Report on the working of the mental hospitals for Indians in Bihar and Orissa - 1925-1929
Year: 1925
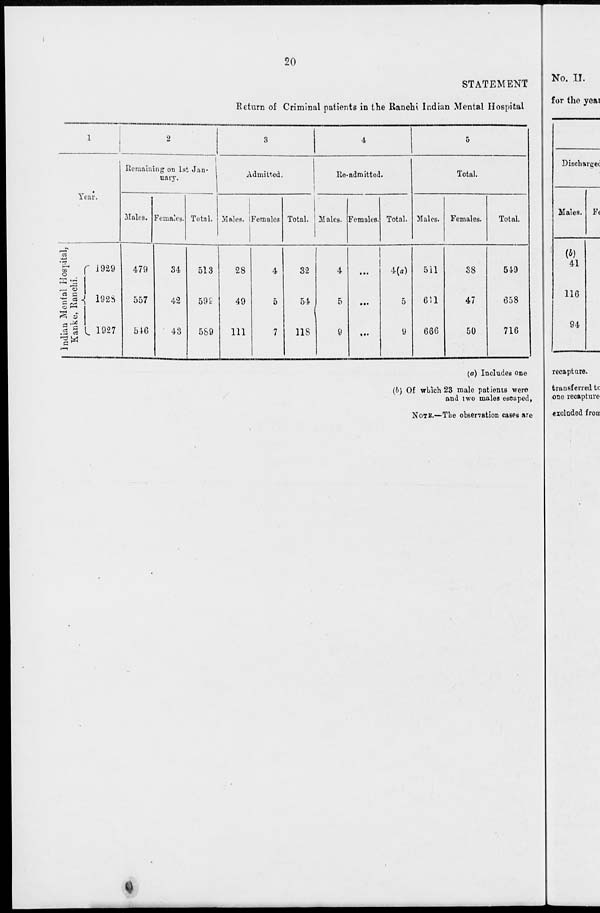
20
STATEMENT
Return of Criminal patients in the Ranchi Indian Mental Hospital
1
Year.
Indian
Mental Hospital,
Kanke, Ranchi.
1929
1928
1927
2
Remaining on 1st Jan-
nary.
Males.
4 79
557
546
Females.
34
42
43
Total.
513
599
589
3
Admitted.
Males.
28
49
111
Females
4
5
7
Total.
32
54
118
4
Re- admitted.
Males.
4
5
9
Females.
...
...
...
Total.
4(a)
5
9
5
Total.
Males.
511
611
666
Females.
38
47
50
Total.
549
658
716
(a) Includes one
(b) Of which 23 male patients were
and two males escaped,
NOTE.—The observation cases are